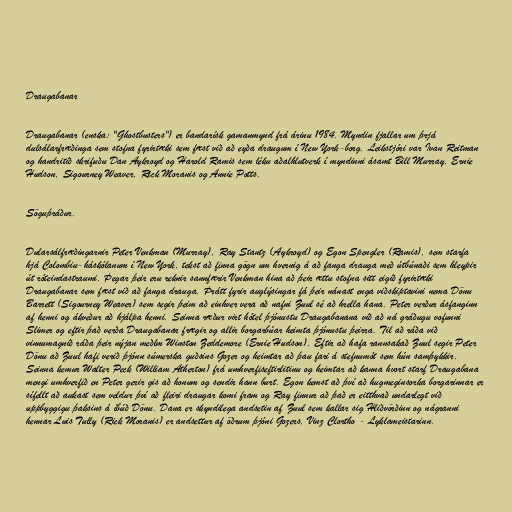
Draugabanar

Draugabanar (enska: "Ghostbusters") er bandarísk gamanmynd frá árinu 1984. Myndin fjallar um þrjá
dulsálarfræðinga sem stofna fyrirtæki sem fæst við að eyða draugum í New York-borg. Leikstjóri var Ivan Reitman
og handritið skrifuðu Dan Aykroyd og Harold Ramis sem léku aðalhlutverk í myndinni ásamt Bill Murray, Ernie
Hudson, Sigourney Weaver, Rick Moranis og Annie Potts.

Söguþráður.

Dularsálfræðingarnir Peter Venkman (Murray), Ray Stantz (Aykroyd) og Egon Spengler (Ramis), sem starfa
hjá Colombiu-háskólanum í New York, tekst að finna gögn um hvernig á að fanga drauga með útbúnaði sem hleypir
út róteindastraumi. Þegar þeir eru reknir sannfærir Venkman hina að þeir ættu stofna sitt eigið fyrirtæki
Draugabanar sem fæst við að fanga drauga. Þrátt fyrir auglýsingar fá þeir nánast enga viðskiptavini nema Dönu
Barrett (Sigourney Weaver) sem segir þeim að einhver vera að nafni Zuul sé að hrella hana. Peter verður ásfanginn
af henni og ákveður að hjálpa henni. Seinna ræður virt hótel þjónustu Draugabanana við að ná gráðugu vofunni
Slimer og eftir það verða Draugabanar frægir og allir borgarbúar heimta þjónustu þeirra. Til að ráða við
vinnumagnið ráða þeir nýjan meðlm Winston Zeddemore (Ernie Hudson). Eftir að hafa rannsakað Zuul segir Peter
Dönu að Zuul hafi verið þjónn súmerska guðsins Gozer og heimtar að þau fari á stefnumót sem hún samþykkir.
Seinna kemur Walter Peck (William Atherton) frá umhverfiseftirlitinu og heimtar að kanna hvort starf Draugabana
mengi umhverfið en Peter gerir gis að honum og sendir hann burt. Egon kemst að því að hugmeginsorka borgarinnar er
sífellt að aukast sem veldur því að fleiri draugar komi fram og Ray finnur að það er eitthvað undarlegt við
uppbyggigu þaksins á íbúð Dönu. Dana er skyndilega andsetin af Zuul sem kallar sig Hliðvörðinn og nágranni
hennar Luis Tully (Rick Moranis) er andsettur af öðrum þjóni Gozers, Vinz Clortho - Lyklameistarinn.